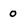
Character: 0